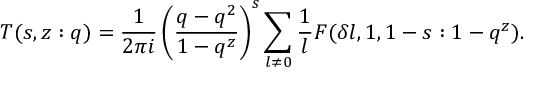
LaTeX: T ( s , z : q ) = \frac { 1 } { 2 \pi i } \left( \frac { q - q ^ { 2 } } { 1 - q ^ { z } } \right) ^ { s } \sum _ { l \ne 0 } \frac { 1 } { l } F ( \delta l , 1 , 1 - s : 1 - q ^ { z } ) .